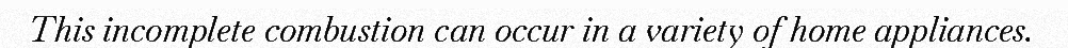
This incomplete combustion can occur in a variety of home appliances.